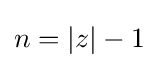
n=\left|z\right|-1